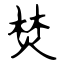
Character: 焚